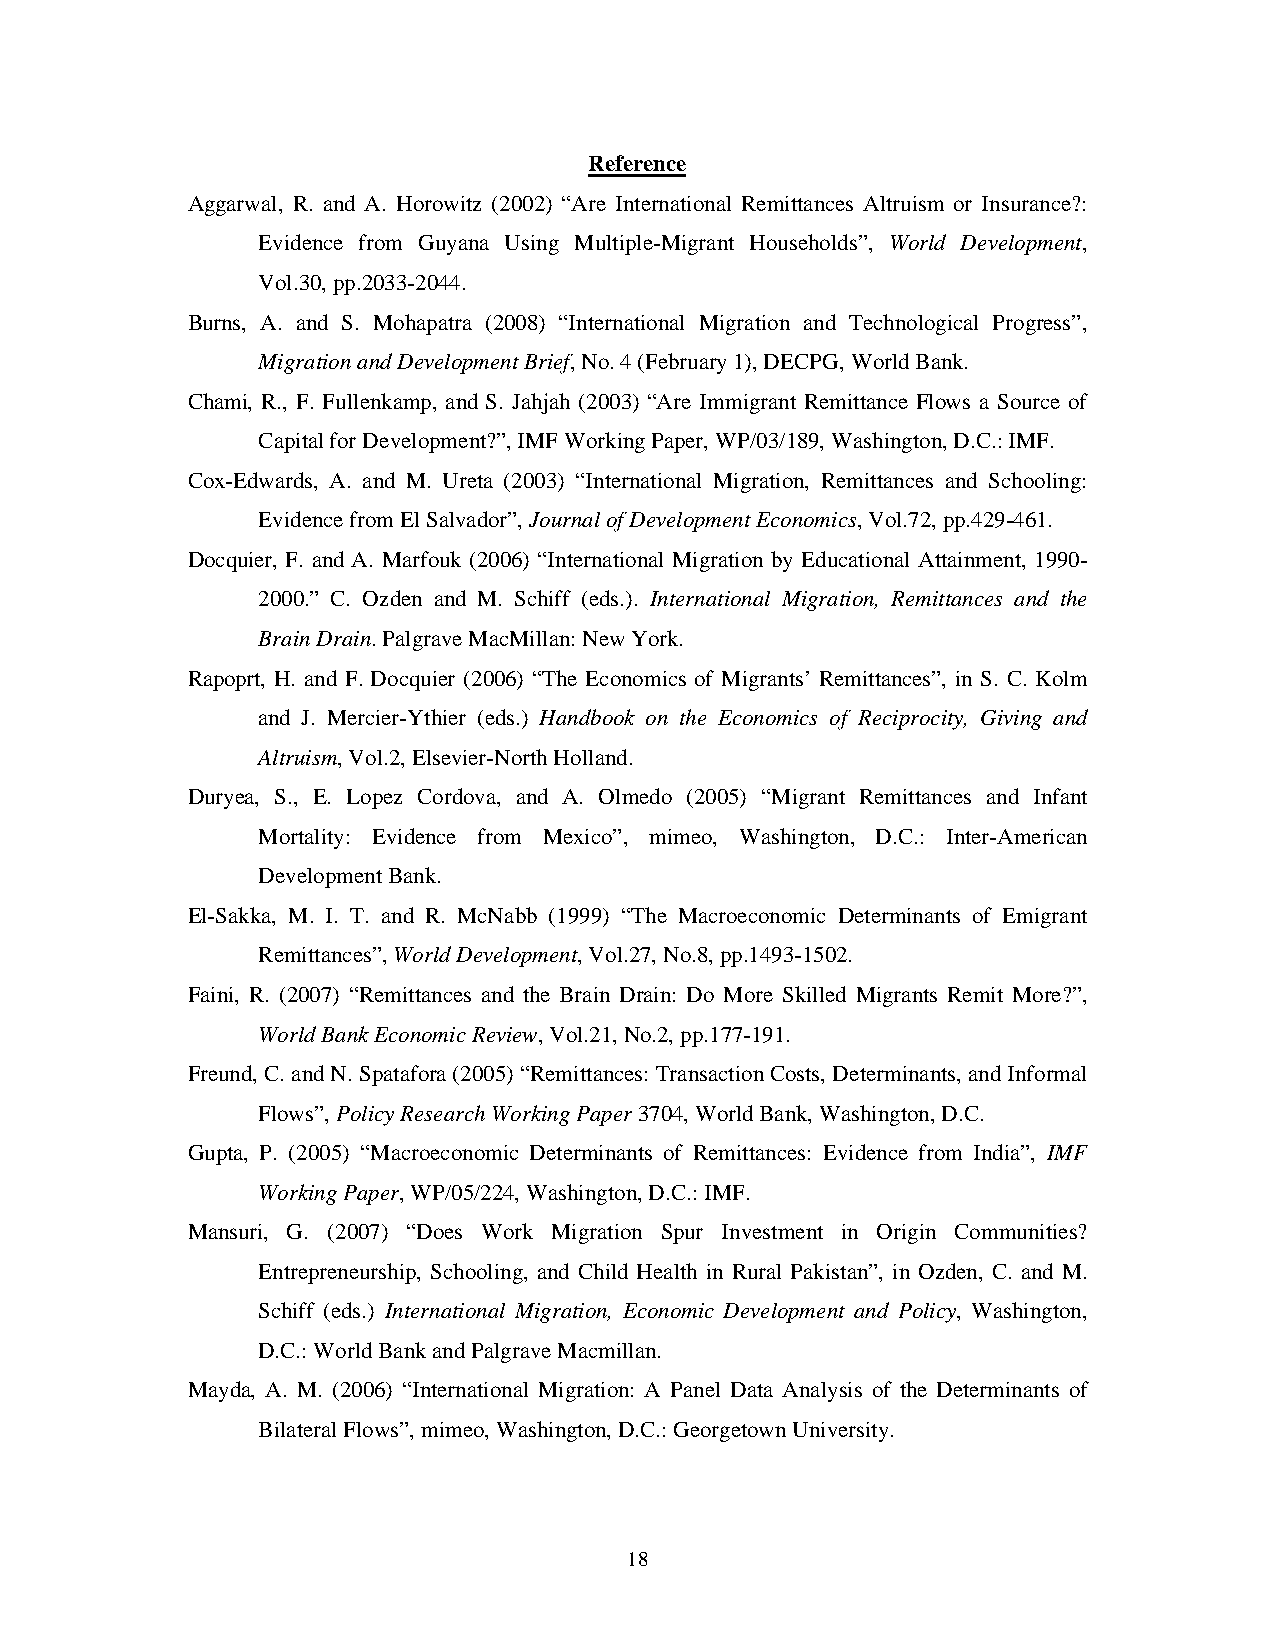
Reference
 Aggarwal, R. and A. Horowitz (2002) “Are International Remittances Altruism or Insurance?:
 Evidence from Guyana Using Multiple-Migrant Households”, World Development,
 Vol.30, pp.2033-2044.
 Burns, A. and S. Mohapatra (2008) “International Migration and Technological Progress”,
 Migration and Development Brief, No. 4 (February 1), DECPG, World Bank.
 Chami, R., F. Fullenkamp, and S. Jahjah (2003) “Are Immigrant Remittance Flows a Source of
 Capital for Development?”, IMF Working Paper, WP/03/189, Washington, D.C.: IMF.
 Cox-Edwards, A. and M. Ureta (2003) “International Migration, Remittances and Schooling:
 Evidence from El Salvador”, Journal of Development Economics, Vol.72, pp.429-461.
 Docquier, F. and A. Marfouk (2006) “International Migration by Educational Attainment, 1990-
 2000.” C. Ozden and M. Schiff (eds.). International Migration, Remittances and the
 Brain Drain. Palgrave MacMillan: New York.
 Rapoprt, H. and F. Docquier (2006) “The Economics of Migrants’ Remittances”, in S. C. Kolm
 and J. Mercier-Ythier (eds.) Handbook on the Economics of Reciprocity, Giving and
 Altruism, Vol.2, Elsevier-North Holland.
 Duryea, S., E. Lopez Cordova, and A. Olmedo (2005) “Migrant Remittances and Infant
 Mortality: Evidence from Mexico”, mimeo, Washington, D.C.: Inter-American
 Development Bank.
 El-Sakka, M. I. T. and R. McNabb (1999) “The Macroeconomic Determinants of Emigrant
 Remittances”, World Development, Vol.27, No.8, pp.1493-1502.
 Faini, R. (2007) “Remittances and the Brain Drain: Do More Skilled Migrants Remit More?”,
 World Bank Economic Review, Vol.21, No.2, pp.177-191.
 Freund, C. and N. Spatafora (2005) “Remittances: Transaction Costs, Determinants, and Informal
 Flows”, Policy Research Working Paper 3704, World Bank, Washington, D.C.
 Gupta, P. (2005) “Macroeconomic Determinants of Remittances: Evidence from India”, IMF
 Working Paper, WP/05/224, Washington, D.C.: IMF.
 Mansuri, G. (2007) “Does Work Migration Spur Investment in Origin Communities?
 Entrepreneurship, Schooling, and Child Health in Rural Pakistan”, in Ozden, C. and M.
 Schiff (eds.) International Migration, Economic Development and Policy, Washington,
 D.C.: World Bank and Palgrave Macmillan.
 Mayda, A. M. (2006) “International Migration: A Panel Data Analysis of the Determinants of
 Bilateral Flows”, mimeo, Washington, D.C.: Georgetown University.
 18